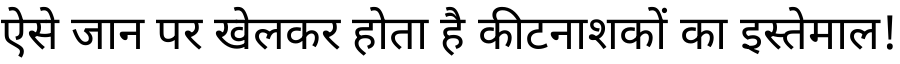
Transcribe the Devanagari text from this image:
ऐसे जान पर खेलकर होता है कीटनाशकों का इस्तेमाल!